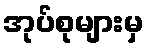
အုပ်စုများမှ